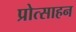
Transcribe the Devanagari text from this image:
प्रोत्साहन